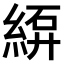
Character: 𫃫